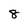
Character: 8